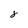
Character: 8